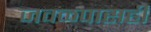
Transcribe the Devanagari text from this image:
जवळपासही